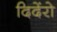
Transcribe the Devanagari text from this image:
दिदेंरो